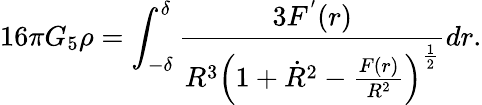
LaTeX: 16\pi G_{5}\rho=\int_{-\delta}^{\delta}\frac{3F^{'}(r)}{R^{3}\left(1+\dot{R}^{2}-\frac{F(r)}{R^{2}}\right)^{\frac{1}{2}}}dr.